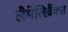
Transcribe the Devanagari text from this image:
लैमेलिब्रैंक्स